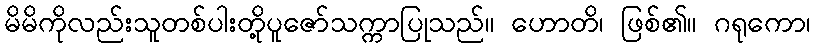
မိမိကိုလည်းသူတစ်ပါးတို့ပူဇော်သက္ကာပြုသည်။ ဟောတိ၊ ဖြစ်၏။ ဂရုကော၊